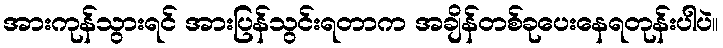
အားကုန်သွားရင် အားပြန်သွင်းရတာက အချိန်တစ်ခုပေးနေရတုန်းပါပဲ။